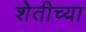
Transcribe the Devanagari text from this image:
शेतीच्‍या